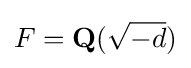
F=\mathbf {Q} ({\sqrt {-d}})